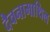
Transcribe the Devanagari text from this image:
दैवनामाथिल